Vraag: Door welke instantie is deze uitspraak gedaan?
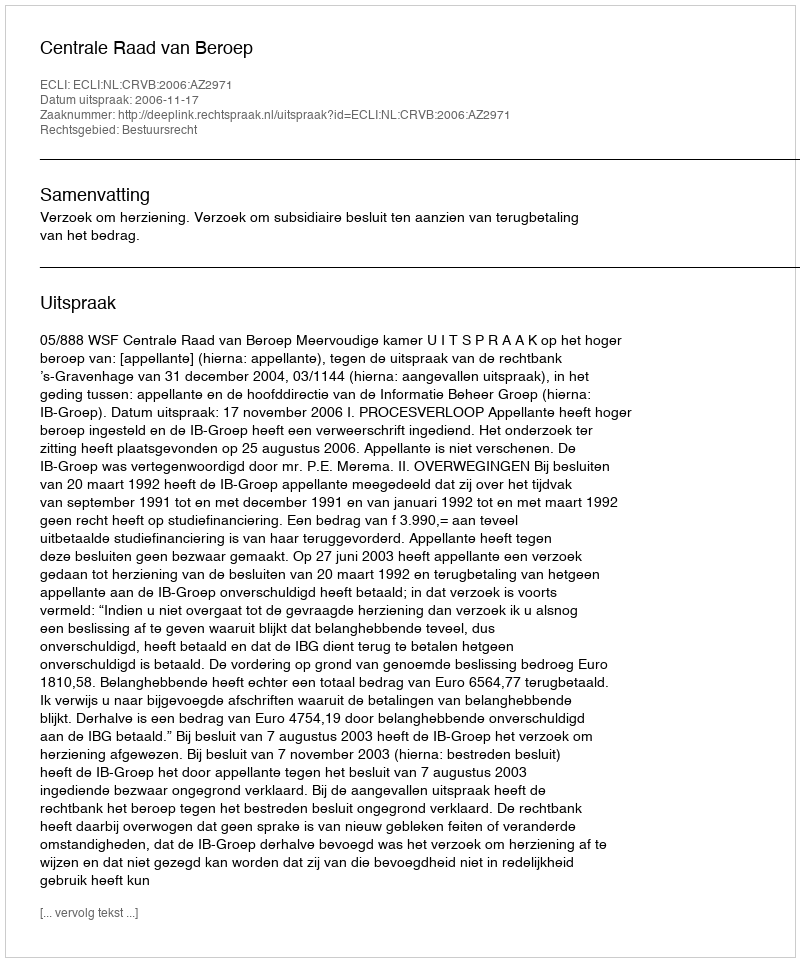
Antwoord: Centrale Raad van Beroep